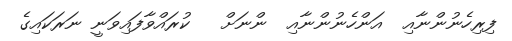
ފިރިހެނުންނާއި  އަންހެނުންނާއި  ންނަށް   ކުރައްވާފައިވަނީ ނަރަކައިގެ